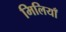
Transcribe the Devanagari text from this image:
मिलियाँ